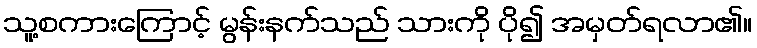
သူ့စကားကြောင့် မွန်းနက်သည် သားကို ပို၍ အမှတ်ရလာ၏။